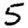
Digit: 5